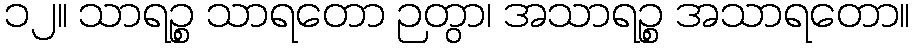
၁၂။ သာရဉ္စ သာရတော ဉတွာ၊ အသာရဉ္စ အသာရတော။